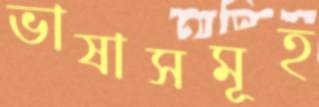
ভাষাসমূহ